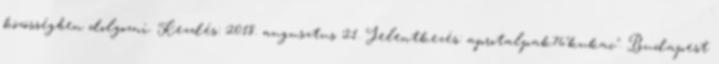
közösségben dolgozni. Kezdés: 2018. augusztus 21. Jelentkezés: aprotalpak76"kukac". Budapest